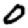
Digit: 0